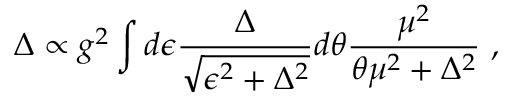
\Delta \propto g ^ { 2 } \int d \epsilon { \frac { \Delta } { \sqrt { \epsilon ^ { 2 } + \Delta ^ { 2 } } } } d \theta { \frac { \mu ^ { 2 } } { \theta \mu ^ { 2 } + \Delta ^ { 2 } } } \ ,